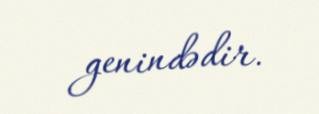
genindədir.